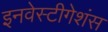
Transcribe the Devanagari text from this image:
इनवेस्टीगेशंस